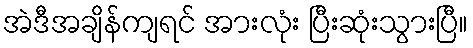
အဲဒီအချိန်ကျရင် အားလုံး ပြီးဆုံးသွားပြီ။